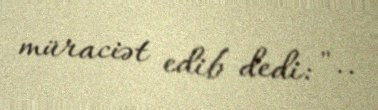
müraciət edib dedi: "..